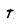
Character: t